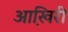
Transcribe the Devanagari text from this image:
आखि़री